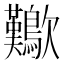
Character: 𣥁